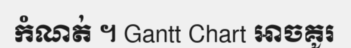
កំណត់ ។ Gantt Chart អាចគូរ